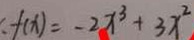
f ( x ) = - 2 x ^ { 3 } + 3 x ^ { 2 }